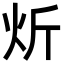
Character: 炘